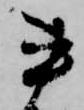
書